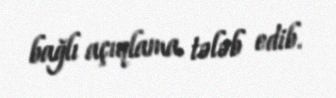
bağlı açıqlama tələb edib.